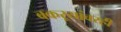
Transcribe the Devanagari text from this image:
बकऱ्यांवरही